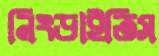
নিংড়াইতিস